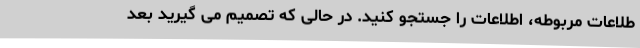
طلاعات مربوطه، اطلاعات را جستجو کنید. در حالی که تصمیم می گیرید بعد